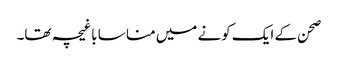
صحن کے ایک کونے میں منا سا باغیچہ تھا۔